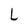
Character: L